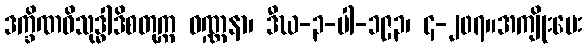
ဒက္ခိဏဝိသုဒ္ဓါဒိစတုက္က ဝဏ္ဏနာ၊ ဒီဃ-၃-ပါ-၁၉၃၊ ၄-၂၀၇။အကျိုးပေး